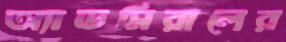
অ্যাডমিরালের